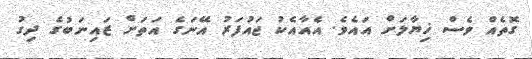
ގޮތެއް ވެސް ޚިޔާލަށް އައެވެ. އެއާއެކު ޖައުފަރު އޭނަގެ އަތަށް ޒައިނަބުގެ ދިގު